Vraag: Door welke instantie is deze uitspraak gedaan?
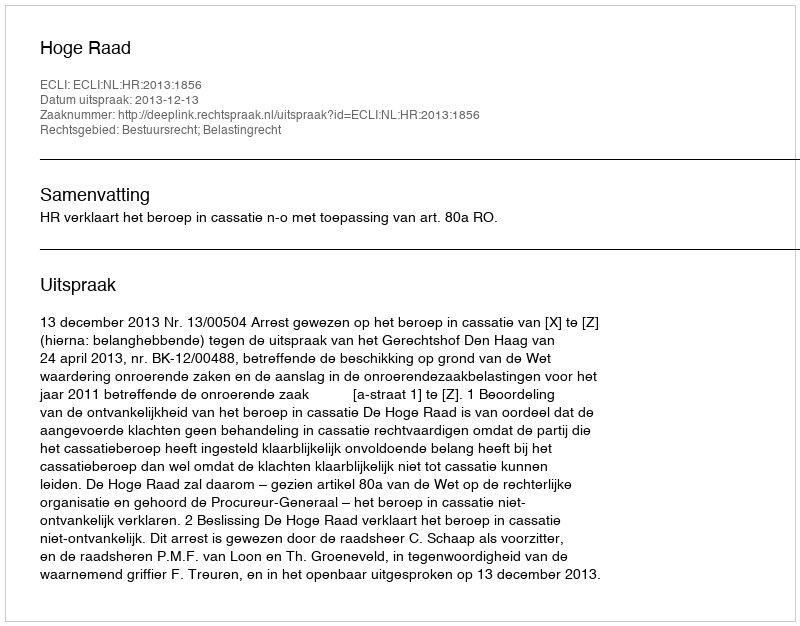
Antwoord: Hoge Raad